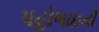
પહોળાઇની